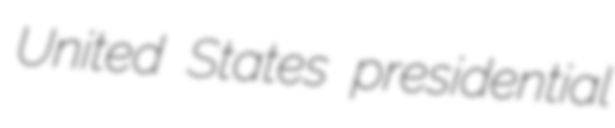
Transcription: United States presidential